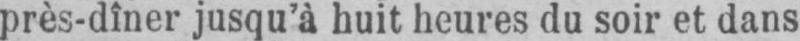
près-dîner jusqu’à huit heures du soir et dans